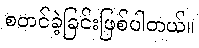
စတင်ခဲ့ခြင်းဖြစ်ပါတယ်။